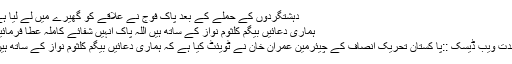
دہشتگردوں کے حملے کے بعد پاک فوج نے علاقے کو گھیرے میں لے لیا ہے
ہماری دعائیں بیگم کلثوم نواز کے ساتھ ہیں اللہ پاک انہیں شفائے کاملہ عطا فرمائیں
جدت ویب ڈیسک ::پا کستان تحریک انصاف کے چیئرمین عمران خان نے ٹویئٹ کیا ہے کہ ہماری دعائیں بیگم کلثوم نواز کے ساتھ ہیں۔